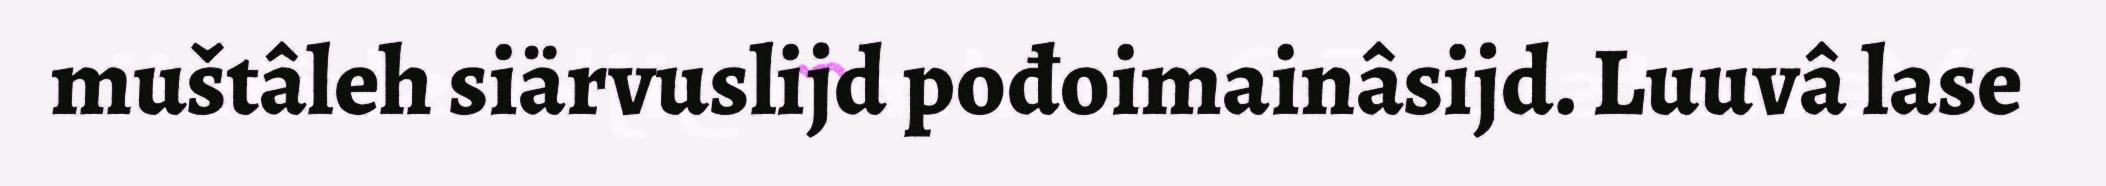
muštâleh siärvuslijd pođoimainâsijd. Luuvâ lase